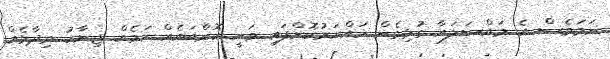
ނަމަވެސް އެ މައްސަލައާ ގުޅިގެން ހައްޔަރުކޮށްފައި ވަނީ ކޮންބައެއް ކަމެއް ޖިނާހު ވިދާޅެއް